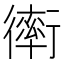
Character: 𧗿